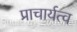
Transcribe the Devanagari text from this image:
प्राचार्यत्व